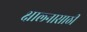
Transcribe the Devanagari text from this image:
क्षाल्नासाठी